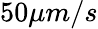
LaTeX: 50\mu m/s